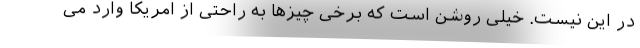
در این نیست. خیلی روشن است که برخی چیزها به راحتی از امریکا وارد می